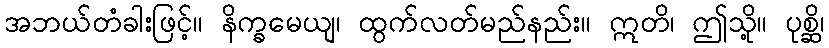
အဘယ်တံခါးဖြင့်။ နိက္ခမေယျ၊ ထွက်လတ်မည်နည်း။ ဣတိ၊ ဤသို့။ ပုစ္ဆိ၊